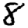
Digit: 8